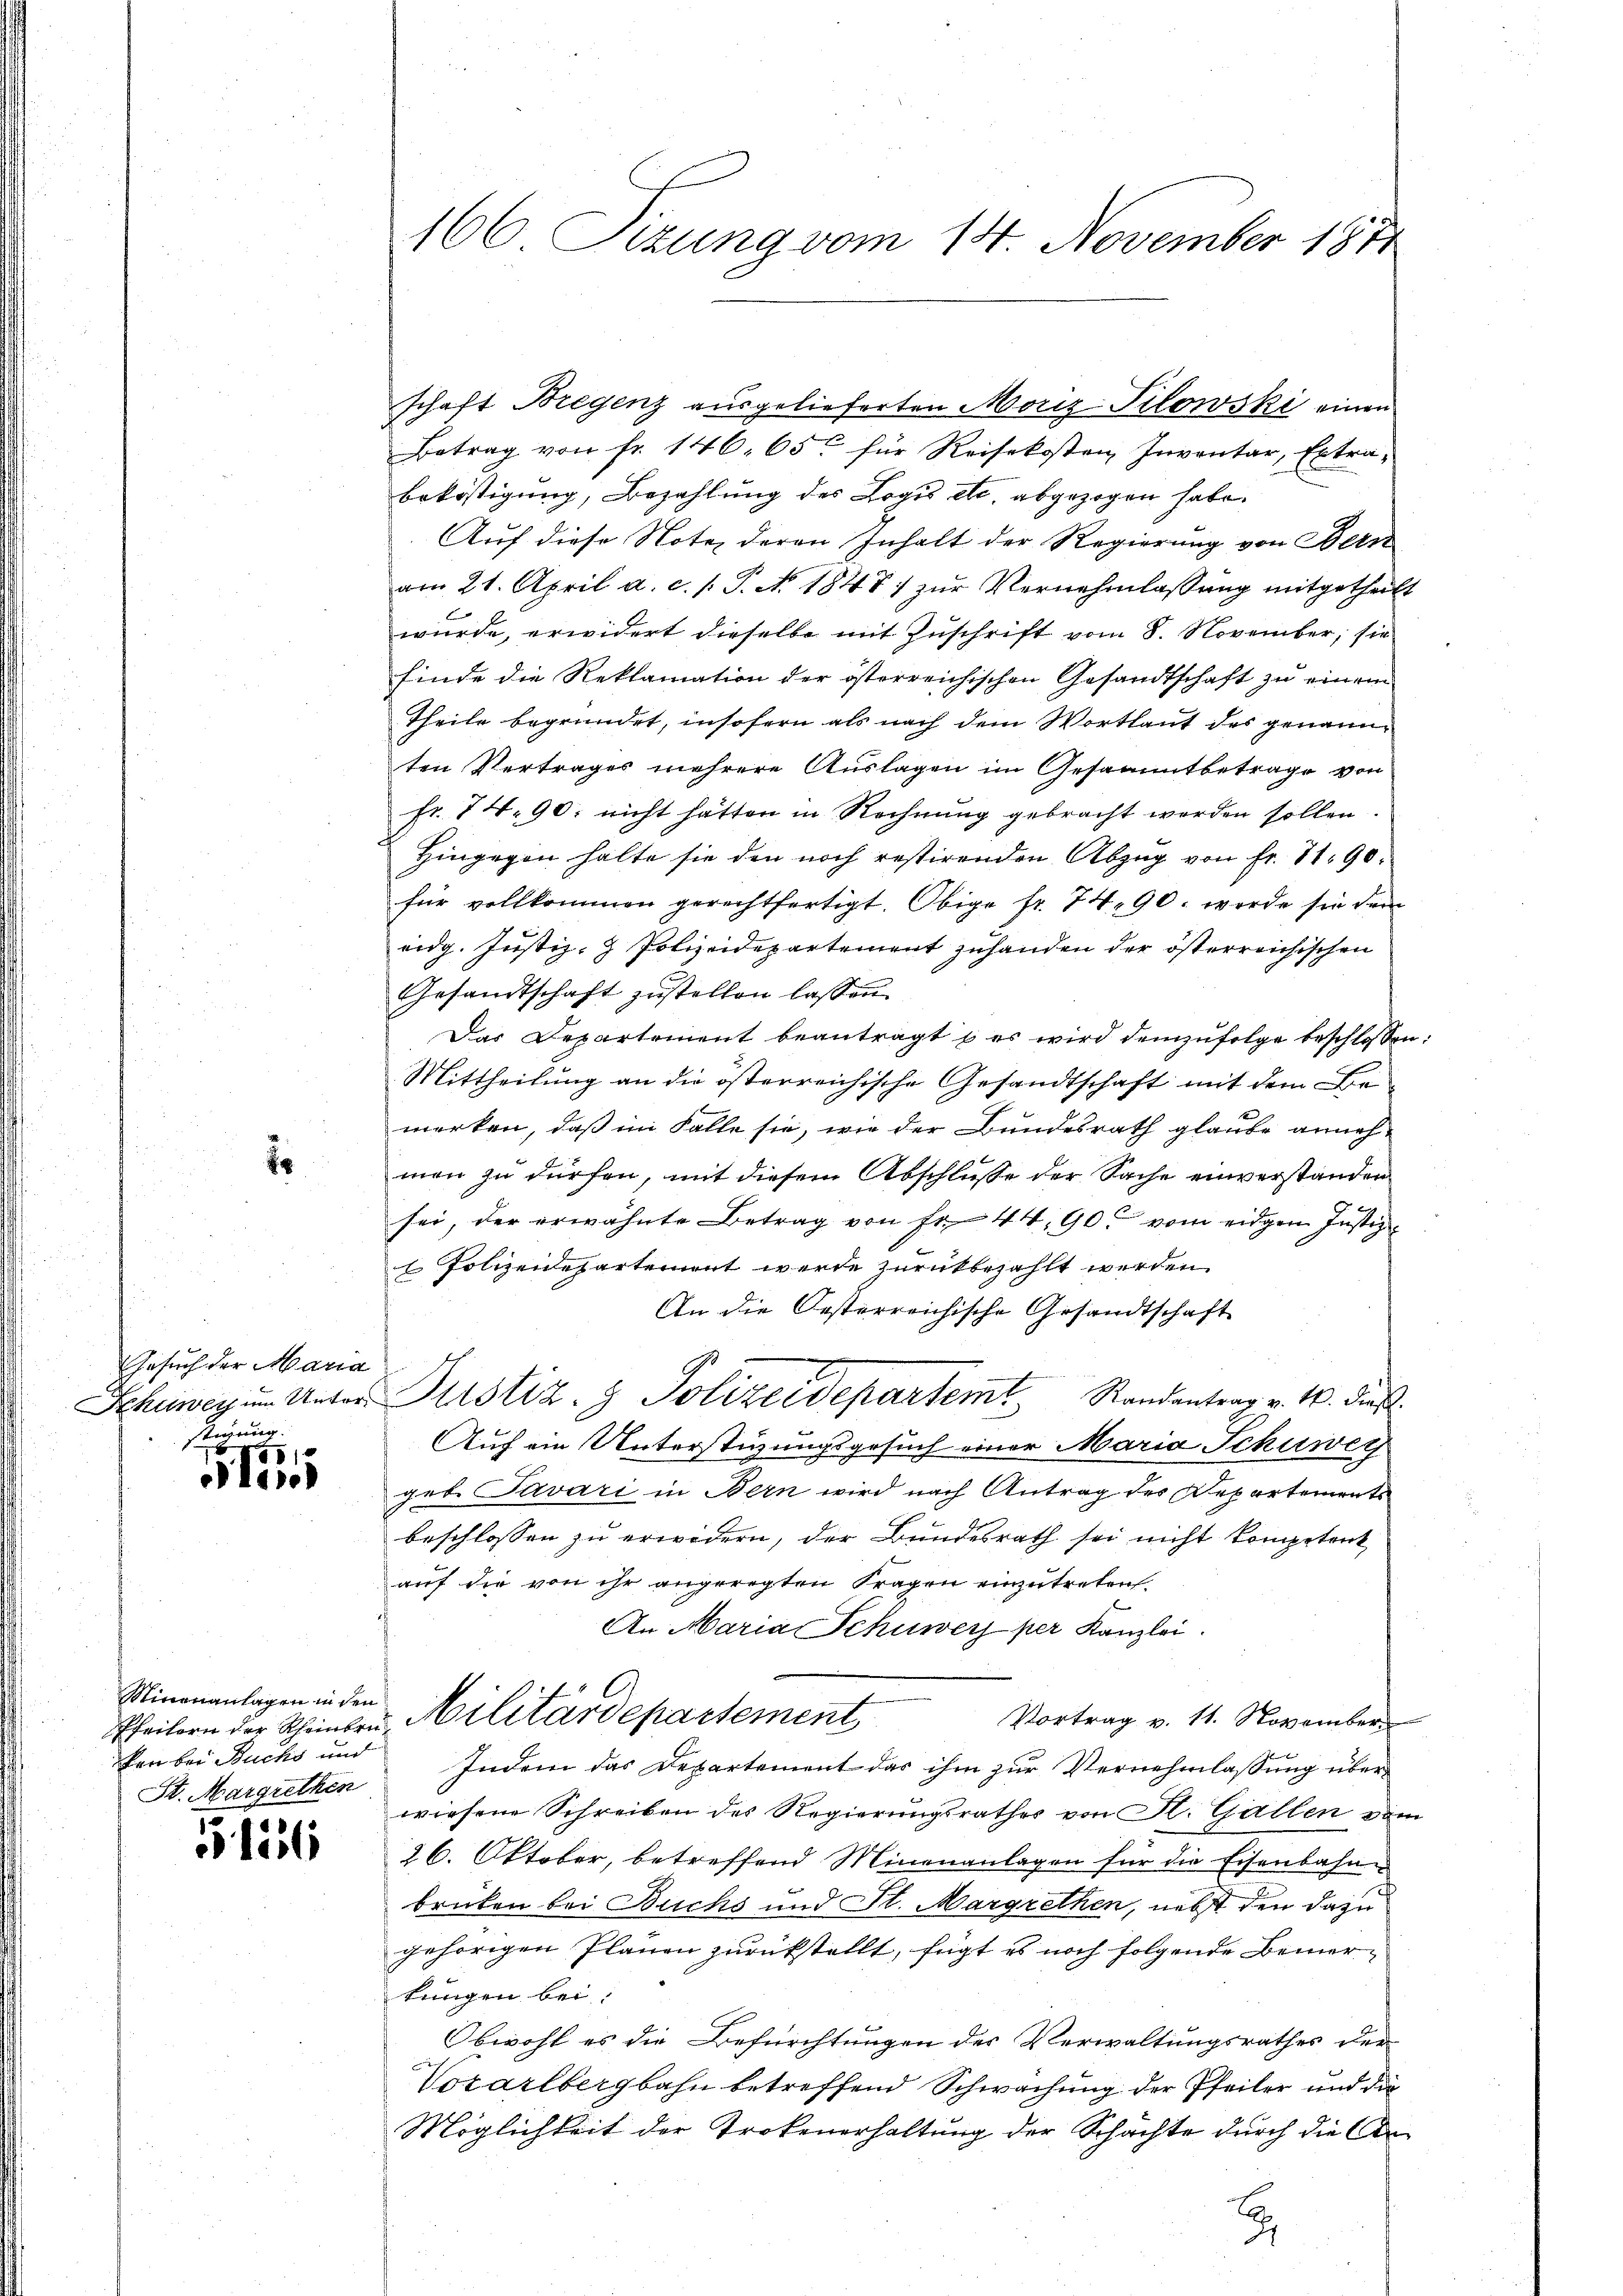
E

Gesuch der Maria
stigung

55/
l

Minenanlagen in den
ken bei Buchs und
St. Margrethen

136

166 Fizung vom 14. November 1871

schaft Bregenz ausgelieferten Moriz-Tilowski einen
Betrag von fr. 146. 65 für Reisekosten Inventar, Extrabeköstigung, Bezahlung des Logis etc. abgezogen habe.
Auf diese Note deren Inhalt der Regierung von Ban
am 21. April a. c. s. S. No. 1847) zŭr Vernehmlassung mitgetheilt
wurde, erwidert dieselbe mit Zuschrift vom 8. November, sie
finde die Reklamation der österreichischen Gesandtschaft zu einem
Theile begründet, insofern als nach dem Wortlaut des genannten Vertrages mehrere Auslagen im Gesamtbetrage von
fr. 74. 90: nicht hätten in Rechnung gebracht werden sollen.
Hingegen halte sie den noch restirenden Abzug von Fr. 71. 90.
für vollkommen gerechtfertigt. Obige fr. 74. 90. werde sie den
eidg. Justiz- & Polizeidepartement zuhanden der österreichischen
Gesandtschaft zustellen lassen.
Das Departement beantragt u es wird demzufolge beschlossen:
Mittheilung an die österreichische Gesandtschaft mit dem Bemerken, daß im Falle sie, wie der Bundesrath glaube anneh-
men zu dürfen, mit diesem Abschlusse der Sache einverstanden
sei, der erwähnte Betrag von fr. 44, 90 vom eidgen Justiz-
1 Polizeidepartement werde zurückbezahlt werden.
An die Oesterreichische Gesandtschaft
Schuweg um Unter Justiz- & Polizeidepartemt Randentrag v. M. dies
Auf ein Unterstüzungsgesuch einer Maria Schuwey
geb. Tavari in Bern wird nach Antrag des Repartements
beschlossen zu erwidern, der Bundesrath sei nicht kompetent
auf die von ihr angeregten Fragen einzutreten.
An Maria Schuwer per Kanzlei.
Vortrag v. 11. November
Pfeilern der Scheiben, Militärdepartement
Indem das Departement das ihm zur Vernehmlassung überwiesene Schreiben des Regierungsrathes von St. Gallen vom
26. Oktober, betreffend Minenanlagen für die Eisenbahnbrücken bei Buchs und St. Margrethen, nebst den dazu
gehörigen Planen zurückstellt, fügt es noch folgende Bemerkungen bei
Obwohl es die Befürchtungen der Verwaltungsrathes der
Vorarlbergbahn betreffend Schwachung der Pfeiler und die
Möglichkeit der Trokenerhaltung der Schachte durch die An¬